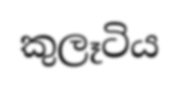
කුලෑටිය